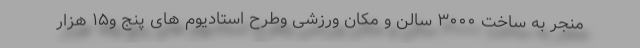
منجر به ساخت ۳۰۰۰ سالن و مکان ورزشی وطرح استادیوم های پنج و۱۵ هزار